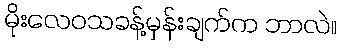
မိုးလေဝသခန့်မှန်းချက်က ဘာလဲ။